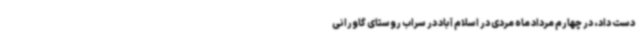
دست داد، در چهارم مرداد ماه مردی در اسلام آباد در سراب روستای گاورانی